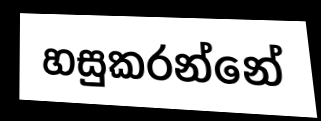
හසුකරන්නේ